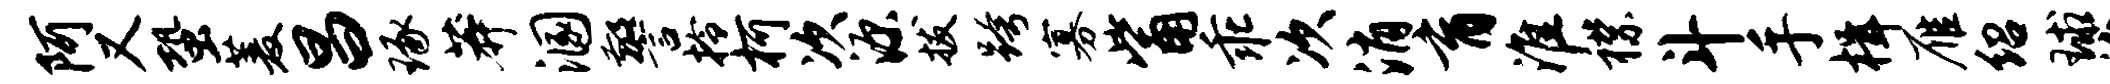
阿又蛩菱昌琢莽溷警拎柯次源拔跨寡觜乖次消育淮襟斗手楫雁绍球治